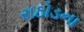
રાઠોડના